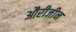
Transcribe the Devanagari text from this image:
औरीजीन